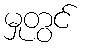
မှုတွင်